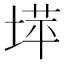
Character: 𫮉